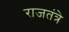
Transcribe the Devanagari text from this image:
राजतंत्रे